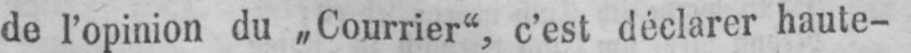
de l’opinion du „Courrier“, c’est déclarer haute-